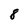
Character: 8